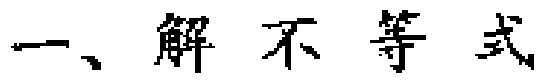
一、解不等式